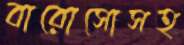
বারোসোসহ